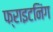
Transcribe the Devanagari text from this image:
फ्राइटनिंग